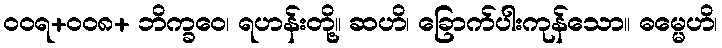
ဝဝရ+ဝဝ၈+ ဘိက္ခဝေ၊ ရဟန်းတို့။ ဆဟိ၊ ခြောက်ပါးကုန်သော။ ဓမ္မေဟိ၊